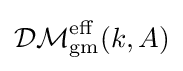
{\mathcal {DM}}_{\text{gm}}^{\text{eff}}(k,A)